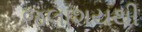
જલાશયથી